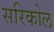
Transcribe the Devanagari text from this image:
सरिकोल